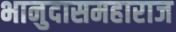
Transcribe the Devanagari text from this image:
भानुदासमहाराज